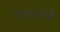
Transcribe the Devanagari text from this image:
मिनीमसिभी